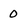
Character: 0